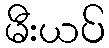
မီးယပ်